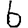
Digit: 6